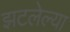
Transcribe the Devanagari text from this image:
झटलेल्या